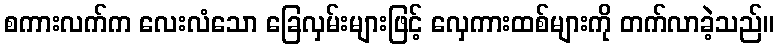
စကားလက်က လေးလံသော ခြေလှမ်းများဖြင့် လှေကားထစ်များကို တက်လာခဲ့သည်။